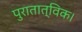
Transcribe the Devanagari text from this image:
पुरातात्विक।